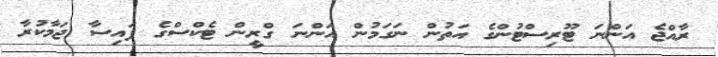
ރާއްޖެ އަންނަ ޓޫރިސްޓުންގެ އަތުން ނަގަމުން އަންނަ ގްރީން ޓެކްސްގެ ފައިސާ ޖަމާކުރާ